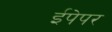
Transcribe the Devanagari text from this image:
ईपेपर